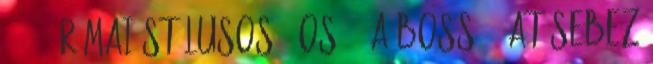
15540 'Római stílusos 6-os' : A boss 23-at sebez